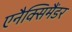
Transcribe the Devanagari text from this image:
एनैक्सिमैंडर